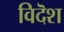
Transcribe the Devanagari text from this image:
विदॆश